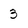
Character: 3